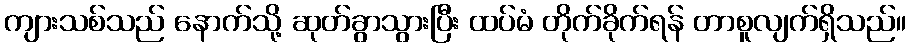
ကျားသစ်သည် နောက်သို့ ဆုတ်ခွာသွားပြီး ထပ်မံ တိုက်ခိုက်ရန် တာစူလျက်ရှိသည်။